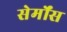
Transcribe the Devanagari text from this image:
सेर्मोंस